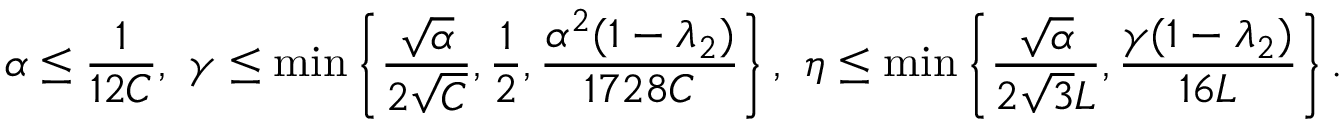
\alpha \leq \frac { 1 } { 1 2 C } , \ \gamma \leq \operatorname* { m i n } \left\{ \frac { \sqrt { \alpha } } { 2 \sqrt { C } } , \frac { 1 } { 2 } , \frac { \alpha ^ { 2 } ( 1 - \lambda _ { 2 } ) } { 1 7 2 8 C } \right\} , \ \eta \leq \operatorname* { m i n } \left\{ \frac { \sqrt { \alpha } } { 2 \sqrt { 3 } L } , \frac { \gamma ( 1 - \lambda _ { 2 } ) } { 1 6 L } \right\} .